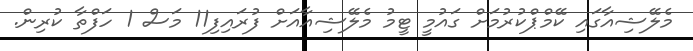
މެލޭޝިއާގައި ކޭމްޕްކުރުމަށް ގައުމީ ޓީމު މެލޭޝިއާއަށް ފުރައިފި11 މަސް 1 ހަފްތާ ކުރިން.